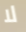
لا